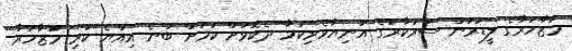
މުޒާހަރާގެ ލީޑަރުން ސަރުކާރުގެ އަނިޔާވެރިކަމާ ދެކޮޅަށް ކަމަށް ބުނެ އިއްޔެ ކުރި މުޒާހަރާ